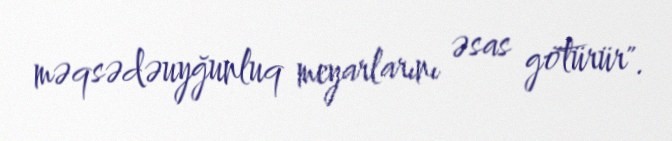
məqsədəuyğunluq meyarlarını əsas götürür".